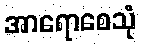
အာရောစေသုံ